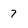
Character: 7